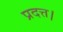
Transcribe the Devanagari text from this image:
प्रदत्त।